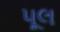
પૂલ